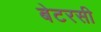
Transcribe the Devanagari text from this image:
बेटरसी